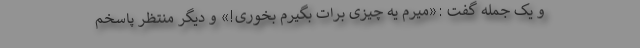
و یک جمله گفت :«میرم یه چیزی برات بگیرم بخوری!» و دیگر منتظر پاسخم